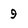
Character: 9